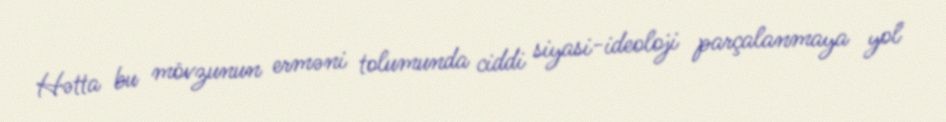
Hətta bu mövzunun erməni tolumunda ciddi siyasi-ideoloji parçalanmaya yol